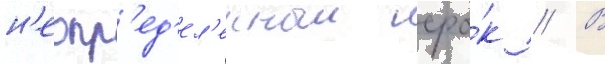
н'еопр'ед'ел'енныи сро́к // В